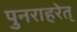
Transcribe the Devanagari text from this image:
पुनराहरेत्